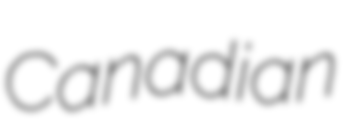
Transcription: Canadian